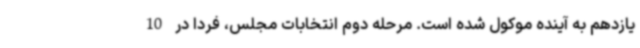
یازدهم به آینده موکول شده است. مرحله دوم انتخابات مجلس، فردا در 10